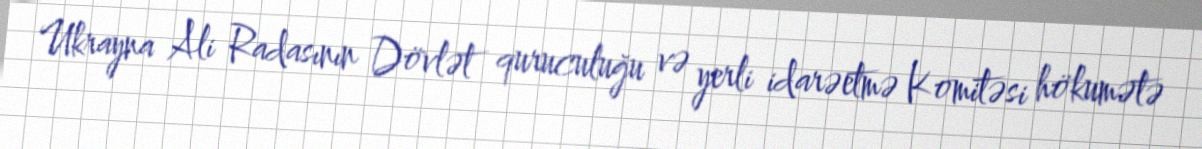
Ukrayna Ali Radasının Dövlət quruculuğu və yerli idarəetmə Komitəsi hökumətə